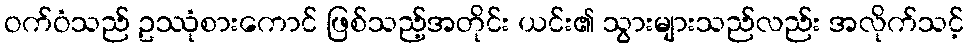
ဝက်ဝံသည် ဥဿုံစားကောင် ဖြစ်သည့်အတိုင်း ယင်း၏ သွားများသည်လည်း အလိုက်သင့်